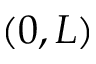
( 0 , L )